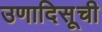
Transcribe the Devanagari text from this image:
उणादिसूची